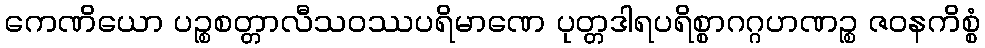
ကေဏိယော ပဉ္စစတ္တာလီသဝဿပရိမာဏေ ပုတ္တဒါရပရိစ္စာဂဂ္ဂဟဏဉ္စ ဇဝနကိစ္စံ